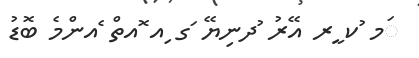
ަމ ުކ ީރ އޭރު ުދނިޔޭ ަގ ިއ ޮއތް ެއންމެ ބޮޑު